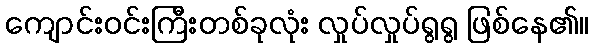
ကျောင်းဝင်းကြီးတစ်ခုလုံး လှုပ်လှုပ်ရွရွ ဖြစ်နေ၏။